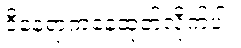
ဒီနေရာကနေထုတ်လိုက်ပါ။